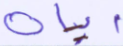
آيات